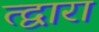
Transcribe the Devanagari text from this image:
त्द्वारा